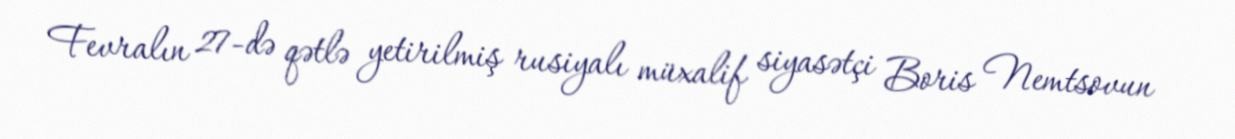
Fevralın 27-də qətlə yetirilmiş rusiyalı müxalif siyasətçi Boris Nemtsovun